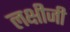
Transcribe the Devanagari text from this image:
लक्षीजी